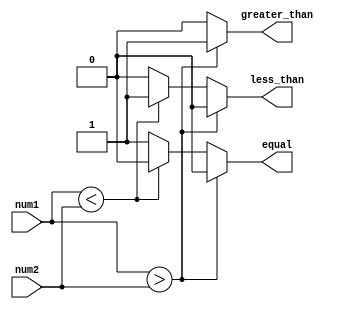
module magnitude_comparator (
    input [7:0] num1,
    input [7:0] num2,
    output greater_than,
    output less_than,
    output equal
);

reg greater_than;
reg less_than;
reg equal;

always @ (*) begin
    if (num1 > num2) begin
        greater_than = 1;
        less_than = 0;
        equal = 0;
    end else if (num1 < num2) begin
        greater_than = 0;
        less_than = 1;
        equal = 0;
    end else begin
        greater_than = 0;
        less_than = 0;
        equal = 1;
    end
end

endmodule